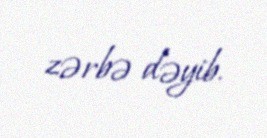
zərbə dəyib.